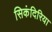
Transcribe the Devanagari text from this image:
सिकंदिरिया